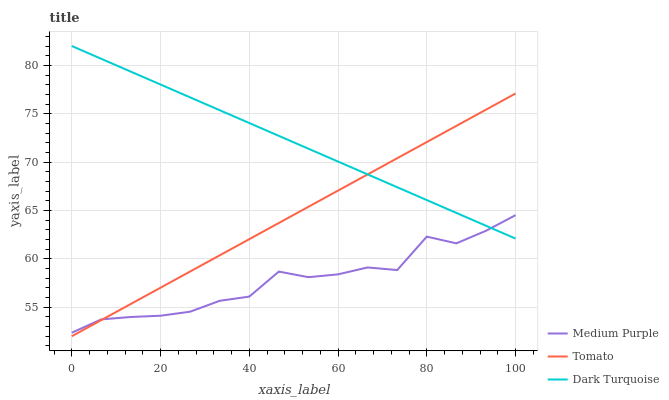
| xaxis_label | Medium Purple | Tomato | Dark Turquoise |
 | --- | --- | --- | --- |
 | 0 | 52.4 | 52 | 82 |
 | 6.67 | 53.7 | 53.7 | 80.7 |
 | 13.3 | 54 | 55.3 | 79.3 |
 | 20 | 54.1 | 57 | 78 |
 | 26.7 | 54.5 | 58.7 | 76.7 |
 | 33.3 | 55.7 | 60.4 | 75.4 |
 | 40 | 56.1 | 62 | 74 |
 | 46.7 | 58.7 | 63.7 | 72.7 |
 | 53.3 | 58.1 | 65.4 | 71.4 |
 | 60 | 58.4 | 67.1 | 70.1 |
 | 66.7 | 59.1 | 68.7 | 68.7 |
 | 73.3 | 58.8 | 70.4 | 67.4 |
 | 80 | 62.3 | 72.1 | 66.1 |
 | 86.7 | 61.6 | 73.7 | 64.7 |
 | 93.3 | 62.9 | 75.4 | 63.4 |
 | 100 | 64.5 | 77.1 | 62.1 |